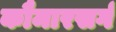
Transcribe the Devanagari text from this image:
कौमारसर्ग